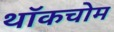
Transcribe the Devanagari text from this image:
थॉकचोम